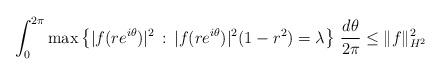
LaTeX: \begin{align*} \int_{0}^{2\pi} \max\left\{|f(re^{i\theta})|^2 \,:\,|f(re^{i\theta})|^2(1-r^2)=\lambda\right\} \,\frac{d\theta}{2\pi} \le \| f\|_{H^2}^2 \end{align*}